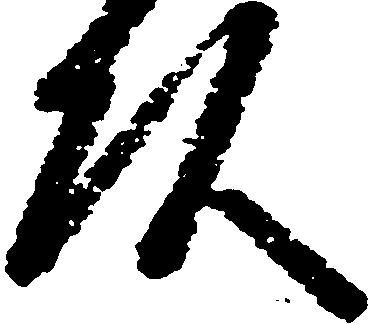
頭